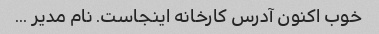
خوب اکنون آدرس کارخانه اینجاست. نام مدیر ...